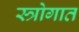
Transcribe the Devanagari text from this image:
स्त्रोगात